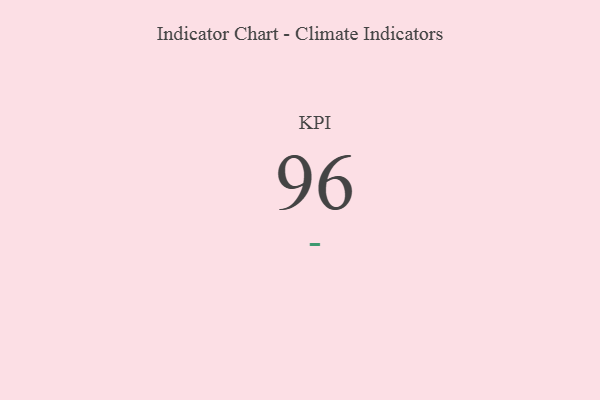
{"axis": {"x": "KPI", "y": "Value"}, "legend": [""], "data": [{"x": "KPI", "y": 96, "type": ""}]}